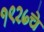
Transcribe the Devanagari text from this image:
१९२७चे